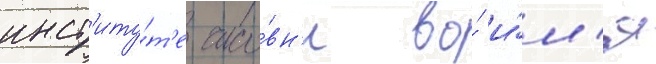
инст'иту́т'е часо́вн'и во́ и́м'я